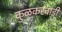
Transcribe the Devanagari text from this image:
कुळकरवाडी